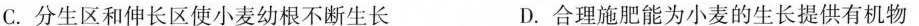
C.分生区和伸长区使小麦幼根不断生长 D.合理施肥能为小麦的生长提供有机物